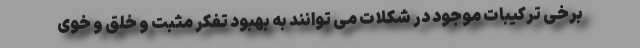
برخی ترکیبات موجود در شکلات می توانند به بهبود تفکر مثبت و خلق و خوی